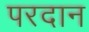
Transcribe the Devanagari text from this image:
परदान